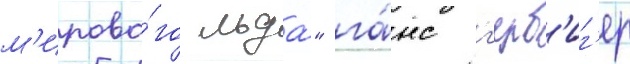
м'ирово́го льда́" га́нс г'ерб'иг'ер